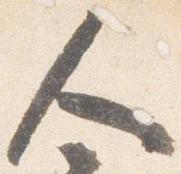
人